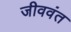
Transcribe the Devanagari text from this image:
जीववंत